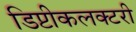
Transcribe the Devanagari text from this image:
डिप्टीकलक्टरी